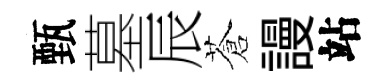
甄墓辰蒼謾站